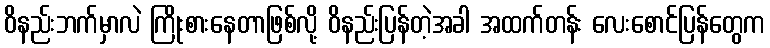
ဝိနည်းဘက်မှာလဲ ကြိုးစားနေတာဖြစ်လို့ ဝိနည်းပြန်တဲ့အခါ အထက်တန်း လေးစောင်ပြန်တွေက